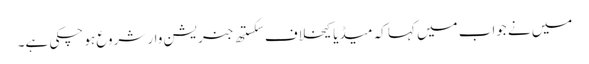
میں نے جواب میں کہا کہ میڈیا کیخلاف سکستھ جنریشن وار شروع ہو چکی ہے۔